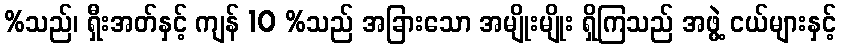
%သည်၊ ရှီးအတ်နှင့် ကျန် 10 %သည် အခြားသော အမျိုးမျိုး ရှိကြသည် အဖွဲ့ ငယ်များနှင့်